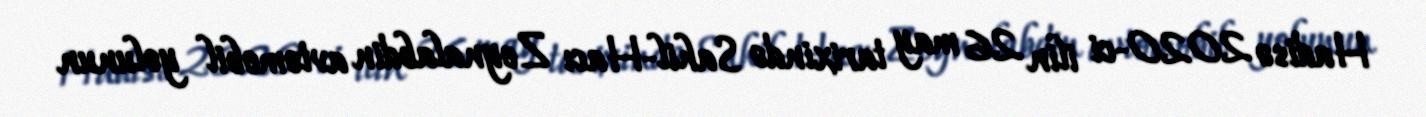
Hadisə 2020-ci ilin 26 may tarixində Sahil-Hacı Zeynalabdin avtomobil yolunun